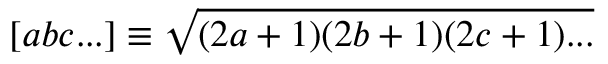
[ a b c . . . ] \equiv \sqrt { ( 2 a + 1 ) ( 2 b + 1 ) ( 2 c + 1 ) . . . }